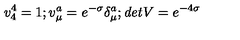
v _ { 4 } ^ { 4 } = 1 ; v _ { \mu } ^ { a } = e ^ { - \sigma } \delta _ { \mu } ^ { a } ; { \it d e t } V = e ^ { - 4 \sigma }